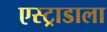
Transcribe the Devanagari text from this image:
एस्ट्राडाला